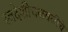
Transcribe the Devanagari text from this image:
स्वदेशीचळवळीचे